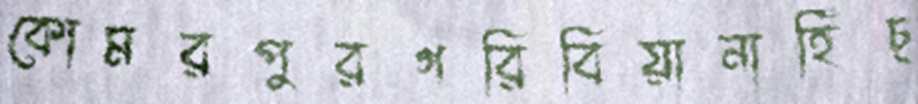
কোমরপুরগরিবিয়ানাহিঁচ্‌